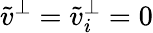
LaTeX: \tilde{v}^{\perp}=\tilde{v}_{i}^{\perp}=0